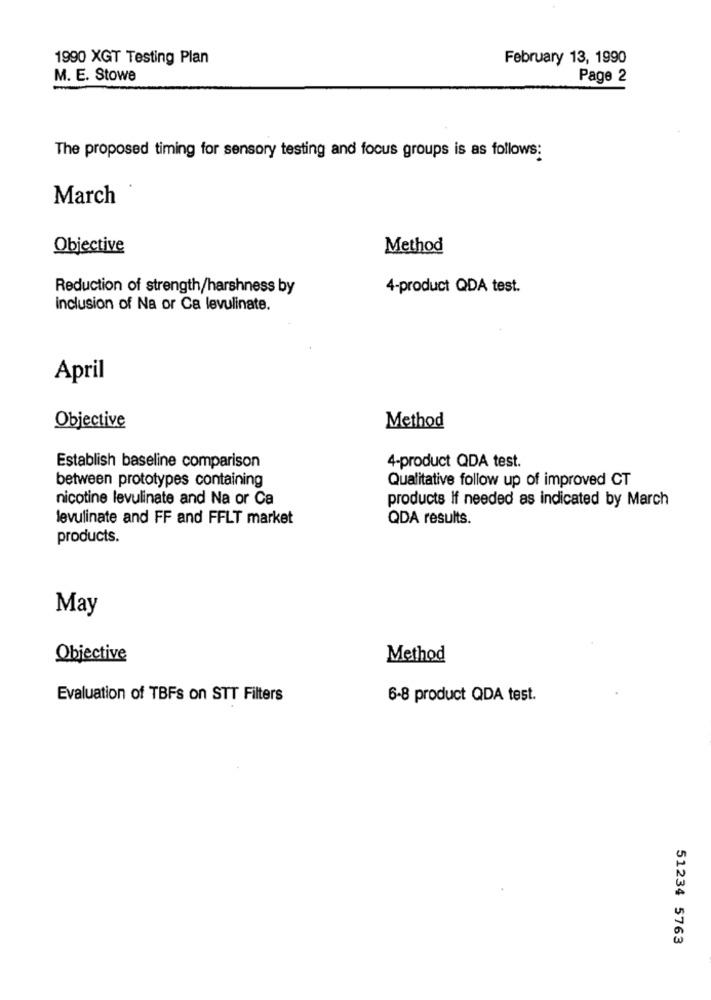
1990 XGT Testing Plan
February 13, 1990
M. E. Stowe
Page 2
The proposed timing for sensory testing and focus groups is as follows:
March
Objective
Method
Reduction of strength/harshness by
4-product QDA test.
Inclusion of Na or Ca levulinate.
April
Objective
Method
Establish baseline comparison
4-product QDA test.
between prototypes containing
Qualitative follow up of improved CT
nicotine levulinate and Na or Ca
products if needed as indicated by March
levulinate and FF and FFLT market
QDA results.
products.
May
Objective
Method
Evaluation of TBFs on STT Filters
6-8 product QDA test.
51234 5763